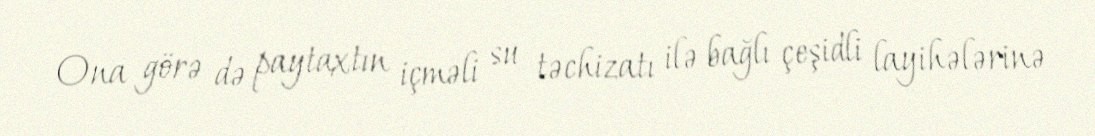
Ona görə də paytaxtın içməli su təchizatı ilə bağlı çeşidli layihələrinə